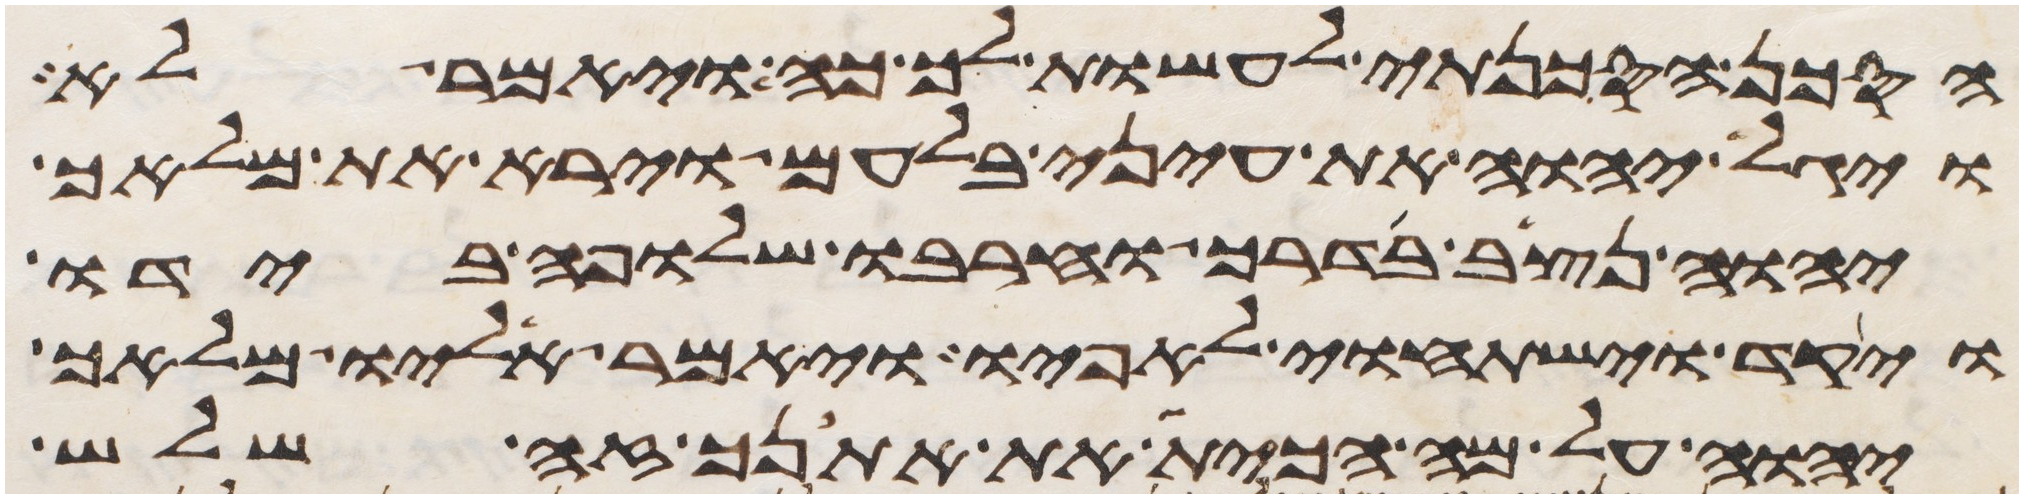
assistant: הסכן הסכנתי לעשות לך כה ויאמר לא
ויגל יהוה את עיני בלעם וירא את מלאך
יהוה נצב בדרך וחרבו שלופה בידו
ויקד וישתחוי לאפיו ויאמר אליו מלאך
יהוה על מה הכית את אתנך זה שלש